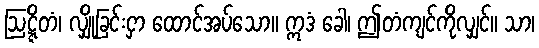
ဩဋ္ဋိတံ၊ လျှိုခြင်းငှာ ထောင်အပ်သော။ ဣဒံ ခေါ၊ ဤတံကျင်ကိုလျှင်။ သာ၊